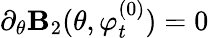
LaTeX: \partial_{\theta}\mathbf{B}_{2}(\theta,\varphi_{t}^{(0)})=0